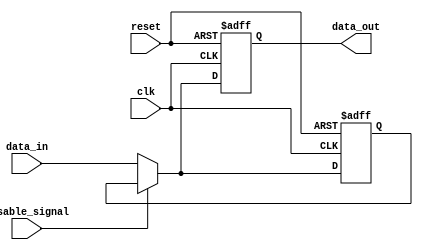
module DisableBlock (
    input wire clk,                // Clock signal
    input wire reset,              // Reset signal
    input wire disable_signal,      // Control signal to disable the block
    input wire [N-1:0] data_in,    // Input data (N-bit wide)
    output reg [N-1:0] data_out     // Output data (N-bit wide)
);
    parameter N = 8;               // Parameter to define the width of data

    // Internal state to hold the last output value
    reg [N-1:0] last_output;

    always @(posedge clk or posedge reset) begin
        if (reset) begin
            // Reset output and internal state
            data_out <= 0;
            last_output <= 0;
        end else if (disable_signal) begin
            // When disabled, hold the last output value
            data_out <= last_output;
        end else begin
            // Normal operation: update output and internal state
            data_out <= data_in;
            last_output <= data_in;
        end
    end
endmodule